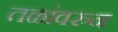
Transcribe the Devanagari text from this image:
तळांवरुन